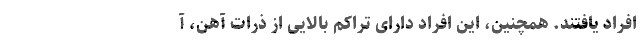
افراد یافتند. همچنین، این افراد دارای تراکم بالایی از ذرات آهن، آ